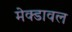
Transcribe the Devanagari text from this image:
मेक्डावल